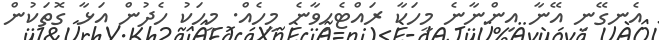
އެނގޭނި އޭނާ އިންނާނެ މީހަކާ ރައްޓެހިވާނެ މީހެއް. މީހަކު ހެދުން އަޅާ ގޮތަކުން